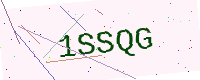
Text: 1SSQG